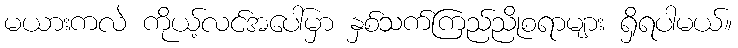
မယားကလဲ ကိုယ့်လင်အပေါ်မှာ နှစ်သက်ကြည်ညိုစရာများ ရှိရပါမယ်။